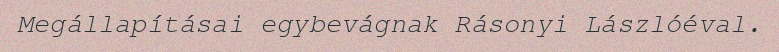
Megállapításai egybevágnak Rásonyi Lászlóéval.